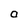
Character: O